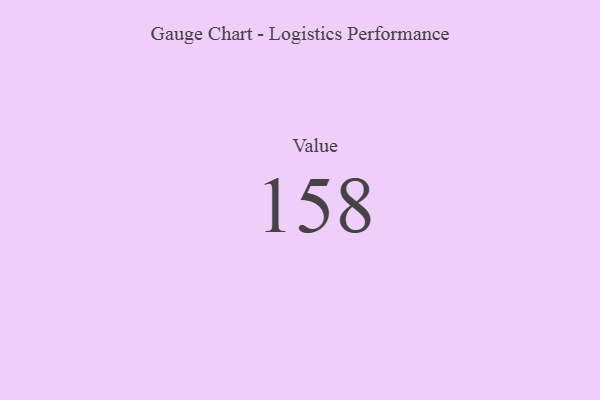
{"axis": {"x": "Metric", "y": "Value"}, "legend": [""], "data": [{"x": "Value", "y": 158, "type": ""}]}